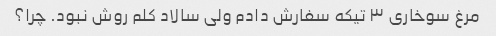
مرغ سوخاری ۳ تیکه سفارش دادم ولی سالاد کلم روش نبود. چرا؟